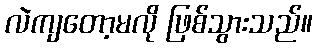
လဲကျတော့မလို ဖြစ်သွားသည်။